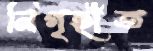
নিগৃহীত